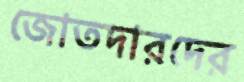
জোতদারদের